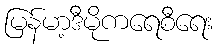
မြန်မာ့ဒီမိုကရေစီရေး